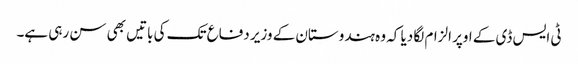
ٹی ایس ڈی کے اوپر الزام لگا دیا کہ وہ ہندوستان کے وزیر دفاع تک کی باتیں بھی سن رہی ہے۔